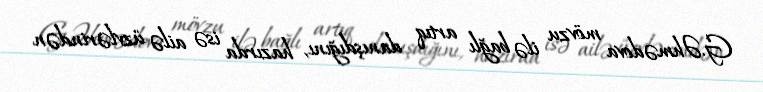
G.Əhmədova mövzu ilə bağlı artıq danışdığını, hazırda isə ailə üzvlərindən